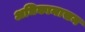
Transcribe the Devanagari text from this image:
अधिकामासम